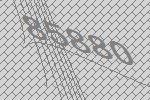
85880